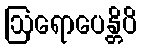
ဩရောပေန္တိပိ